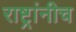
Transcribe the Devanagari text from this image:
राष्ट्रांनीच